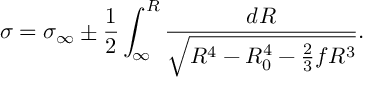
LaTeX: \sigma = \sigma _ { \infty } \pm \frac { 1 } { 2 } \int _ { \infty } ^ { R } \frac { d R } { \sqrt { R ^ { 4 } - R _ { 0 } ^ { 4 } - \frac { 2 } { 3 } f R ^ { 3 } } } .